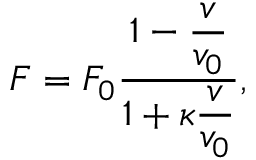
F = F _ { 0 } \frac { 1 - \displaystyle \frac { v } { v _ { 0 } } } { 1 + \displaystyle \kappa \displaystyle \frac { v } { v _ { 0 } } } ,